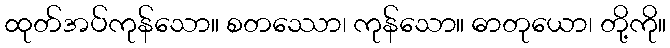
ထုတ်အပ်ကုန်သော။ စတဿော၊ ကုန်သော။ ဓာတုယော၊ တို့ကို။